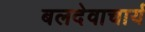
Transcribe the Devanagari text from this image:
बलदेवाचार्य